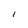
Character: I